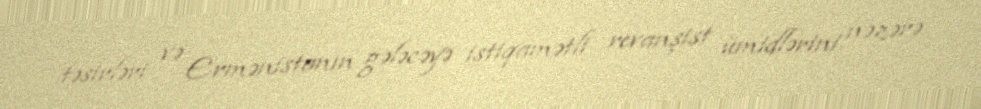
təsirləri və Ermənistanın gələcəyə istiqamətli revanşist ümidlərini nəzərə